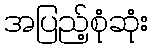
အပြည့်စုံဆုံး